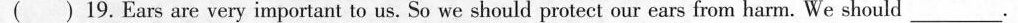
( ) 19.Ears are very important to us. So we should protect our ears from harm. We should ___.